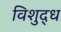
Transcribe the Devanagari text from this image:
विशुद्‍ध